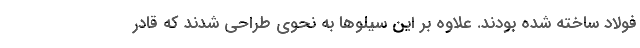
فولاد ساخته شده بودند. علاوه بر این سیلوها به نحوی طراحی شدند که قادر